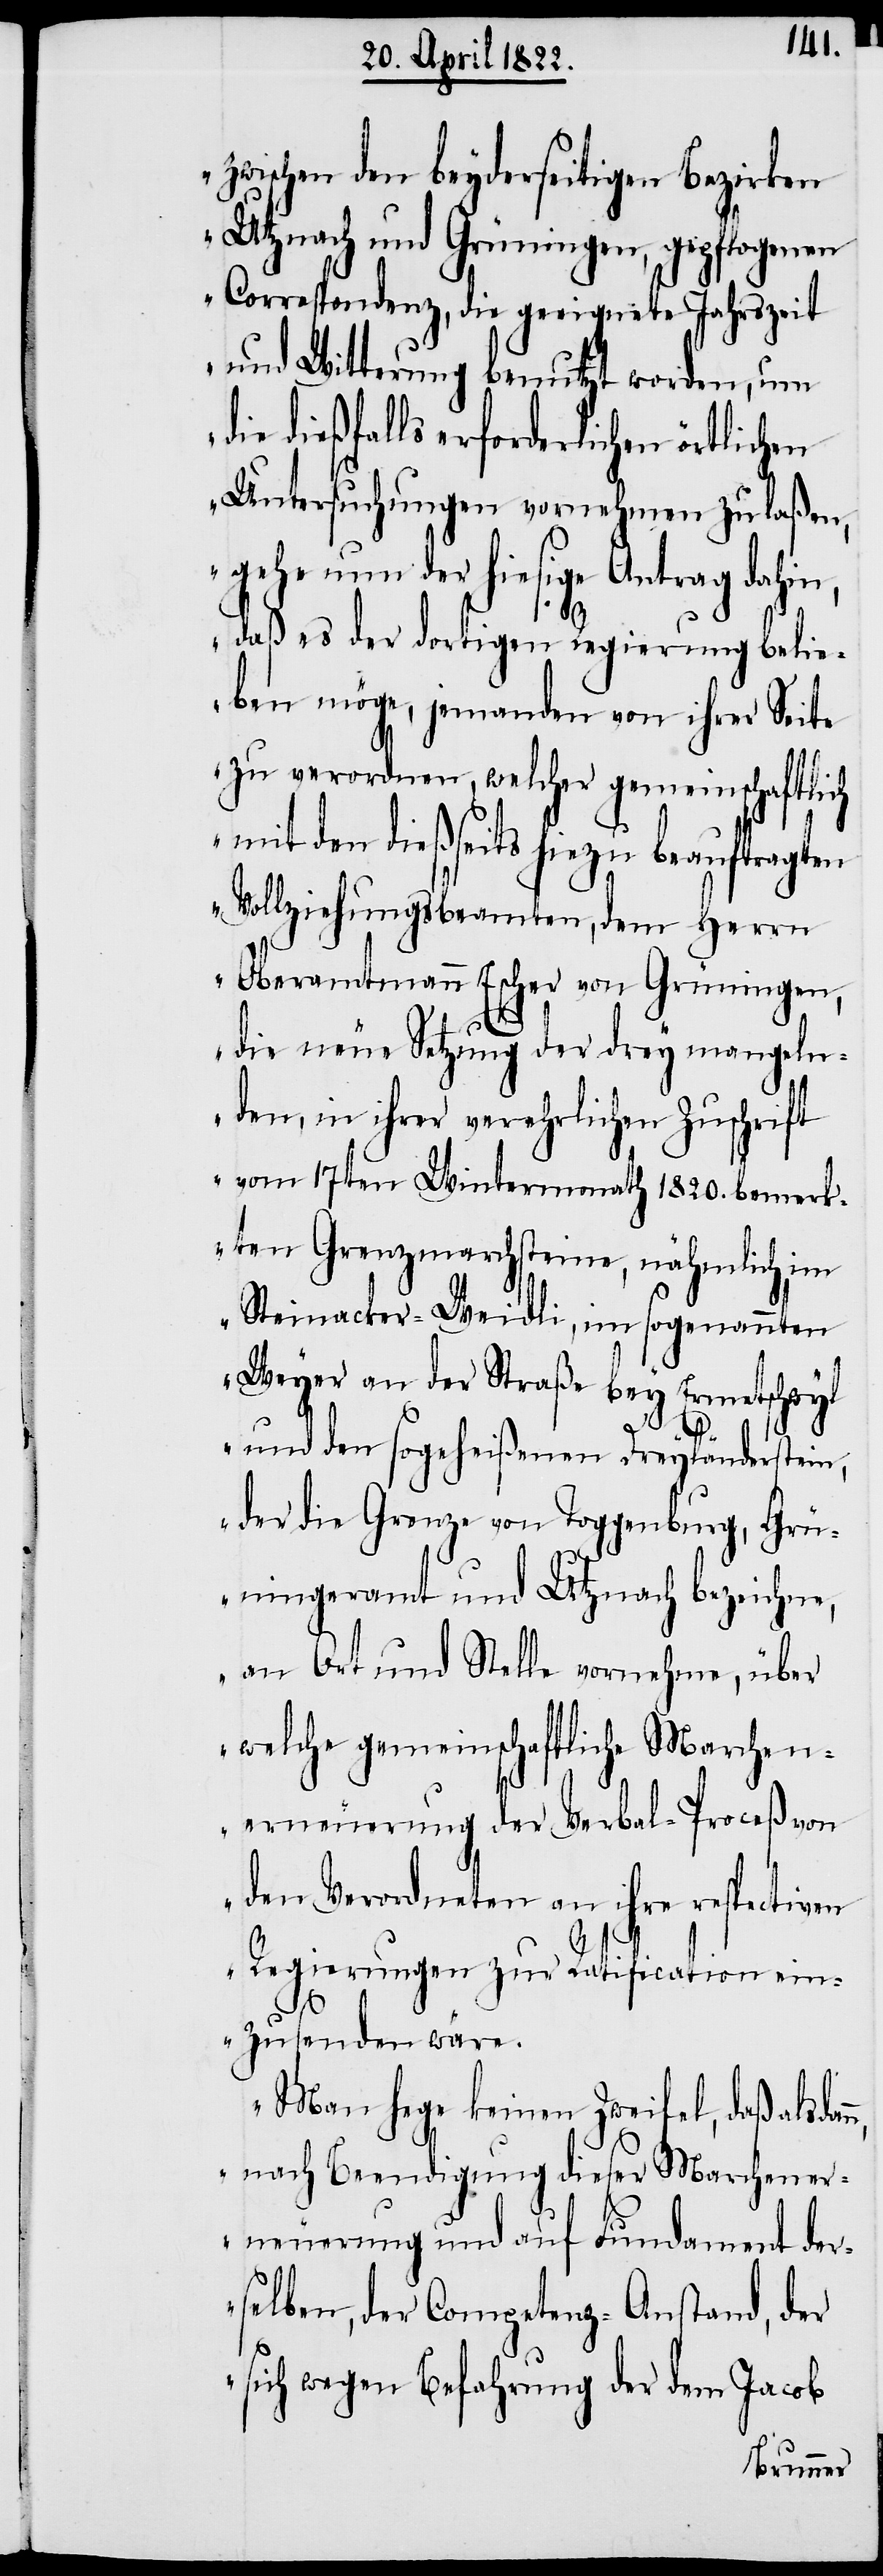
zwischen den beyderseitigen Bezirken
Utznach und Grüningen, gepflogenen
Correspondenz, die geeignete Jahreszeit
und Witterung benutzt worden, um
die dießfalls erforderlichen örtlichen
Untersuchungen vornehmen zu laßen,
gehe nun der hiesige Antrag dahin,
daß es der dortigen Regierung belie¬
be möge, jemanden von ihrer Seite
zu verordnen, welcher gemeinschaftlich
mit den dießseits hiezu beauftragten
Vollziehungsbeamten, dem Herrn
Oberamtmann Escher von Grüningen,
die neue Setzung der drey mangeln¬
den, in ihrer verehrlichen Zuschrift
vom 17ten Wintermonath 1820. bemerk¬
ten Grenzmarchsteine, nähmlich im
Steinacker-Weidli, im sogenannten
Weyer an der Straße bey Ernetschwyl
n,
und den sogeheißenen Dreyländerstein,
der die Grenze von Toggenburg, Grü¬
ningeramt und Utznach bezeichne,
an Ort und Stelle vornehme, über
welche gemeinschaftliche Marchen¬
erneuerung der Verbal-Proceß von
den Verordneten an ihre respectiven
Regierungen zu Ratification ein¬
zusenden wäre.
Man hege keinen Zweifel, daß alsdan¬
nach Beendigung dieser Marchener¬
neuerung und auf Fundament der¬
selben, der Competenz-Anstand, der
sich wegen Befahrung der vom Jacob